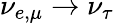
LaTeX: \nu_{e,\mu}\rightarrow\nu_{\tau}